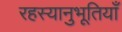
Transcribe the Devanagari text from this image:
रहस्यानुभूतियाँ